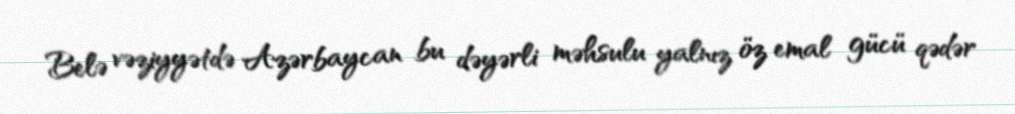
Belə vəziyyətdə Azərbaycan bu dəyərli məhsulu yalnız öz emal gücü qədər